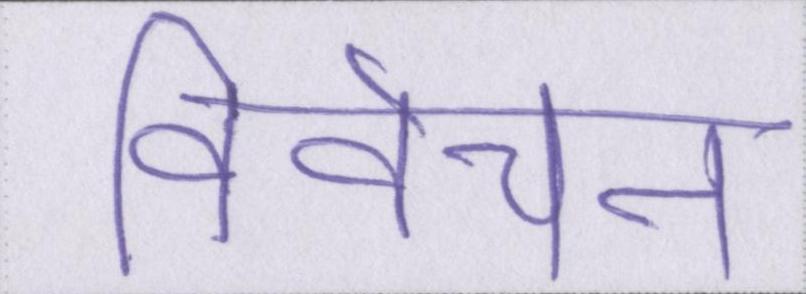
विवेचन